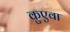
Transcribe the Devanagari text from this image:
कुएवा